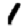
Digit: 1